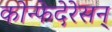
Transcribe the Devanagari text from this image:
कोन्फेदेरेसन्